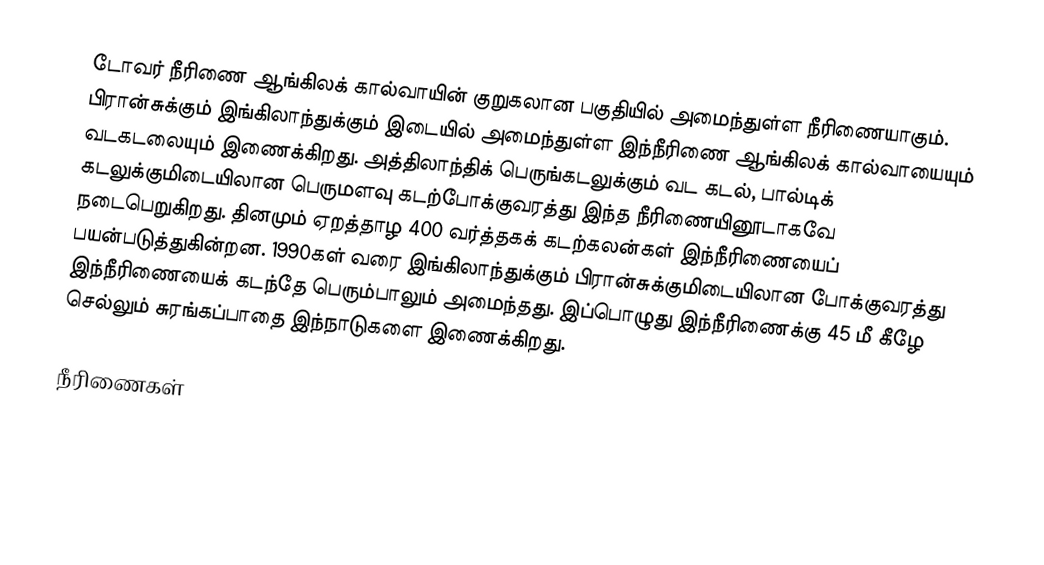
டோவர் நீரிணை ஆங்கிலக் கால்வாயின் குறுகலான பகுதியில் அமைந்துள்ள நீரிணையாகும். பிரான்சுக்கும் இங்கிலாந்துக்கும் இடையில் அமைந்துள்ள இந்நீரிணை ஆங்கிலக் கால்வாயையும் வடகடலையும் இணைக்கிறது. அத்திலாந்திக் பெருங்கடலுக்கும் வட கடல், பால்டிக் கடலுக்குமிடையிலான பெருமளவு கடற்போக்குவரத்து இந்த நீரிணையினூடாகவே நடைபெறுகிறது. தினமும் ஏறத்தாழ 400 வர்த்தகக் கடற்கலன்கள் இந்நீரிணையைப் பயன்படுத்துகின்றன. 1990கள் வரை இங்கிலாந்துக்கும் பிரான்சுக்குமிடையிலான போக்குவரத்து இந்நீரிணையைக் கடந்தே பெரும்பாலும் அமைந்தது. இப்பொழுது இந்நீரிணைக்கு 45 மீ கீழே செல்லும் சுரங்கப்பாதை இந்நாடுகளை இணைக்கிறது.

நீரிணைகள்